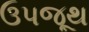
ઉપજૂથ